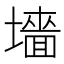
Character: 𫮰